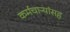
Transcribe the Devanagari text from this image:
कर्मचाऱ्यांसह